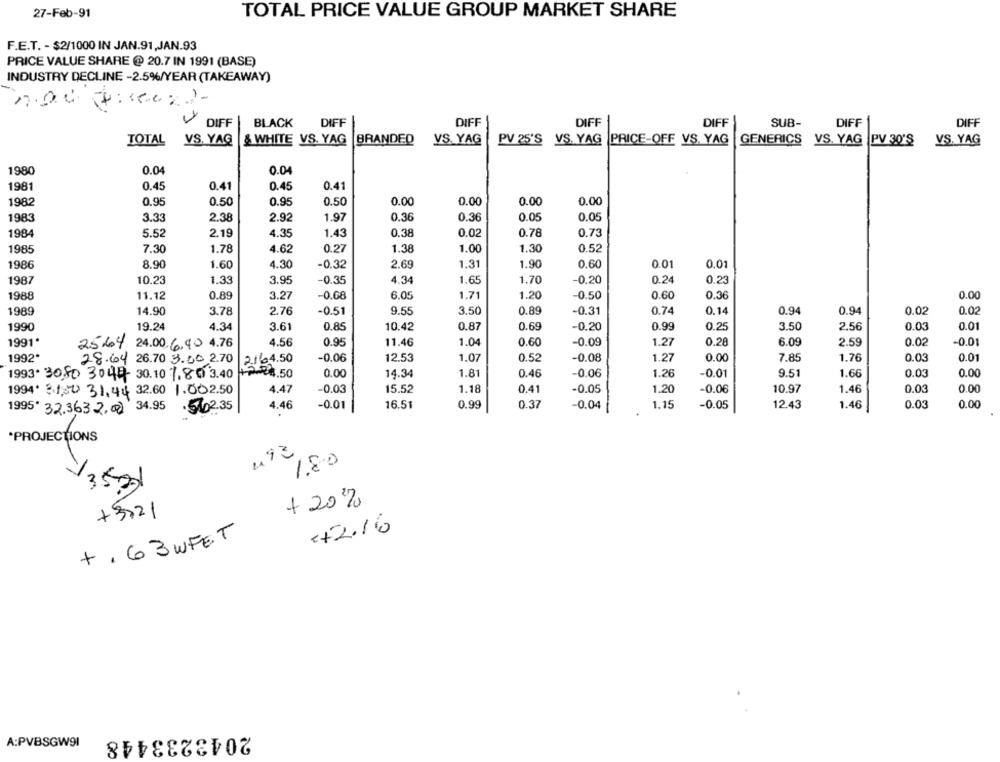
27-Feb-91
TOTAL PRICE VALUE GROUP MARKET SHARE
F.E.T. - $2/1000 IN JAN.91,JAN.93
PRICE VALUE SHARE @ 20.7 IN 1991 (BASE)
INDUSTRY DECLINE -2.5%/YEAR (TAKEAWAY)
7:15.022-
DIFF
DIFF
DIFF
DIFF
SUB-
DIFF
DIFF
BLACK
DIFF
TOTAL
VS. YAG
& WHITE VS. YAG
BRANDED
VS. YAG
PV 25'S VS. YAG PRICE-OFF VS. YAG
GENERICS VS. YAG
PV 30'S
VS. YAG
1980
0.04
0.04
1981
0.45
0.41
0.45
0.41
1982
0.95
0.50
0.95
0.50
0.00
0.00
0.00
0.00
1983
3.33
2.38
2.92
1.97
0.36
0.36
0.05
0.05
1984
5.52
2.19
4.35
1.43
0.38
0.02
0.78
0.73
1985
7.30
1.78
4.62
0.27
1.38
1.00
1.30
0.52
1986
8.90
1.60
4.30
-0.32
2.69
1.31
1.90
0.60
0.01
0.01
1987
10.23
1.33
3.95
-0.35
4.34
1.65
1.70
-0.20
0.24
0.23
1988
11.12
0.89
3.27
-0.68
6.05
1.71
1.20
-0.50
0.60
0.36
0.00
1989
14.90
3.78
2.76
-0.51
9.55
3.50
0.89
-0.31
0.74
0.14
0.94
0.94
0.02
0.02
1990
19.24
4.34
3.61
0.85
10.42
0.87
0.69
-0.20
0.99
0.25
3.50
2.56
0.03
0.01
1991*
4.56
0.95
11.46
1.04
0.60
-0.09
1.27
0.28
6.09
2.59
0.02
-0.01
25.64 24.00.6,90 4.76
1992*
-0.06
12.53
1.07
0.52
-0.08
1.27
0.00
7.85
1.76
0.03
0.01
28.64 26.70 3.00 2.70
2164.50
0.00
14.34
1.81
0.46
-0.06
1.26
-0.01
9.51
1.66
0.03
0.00
1993+ 3080 3044 30.10 1.80 3.40
4.50
4.47
-0.03
15.52
1.18
0.41
-0.05
1.20
-0.06
10.97
1.46
0.03
0.00
1994' 31,50 31,44 32.60 1.02.50
4.46
16.51
0.99
0.37
1.15
-0.05
12.43
1.46
0.03
0.00
1995* 32.3632,00 34.95
.5402.35
-0.01
-0.04
*PROJECTIONS
1.80
/352)
+ 20%
+3721
€+2.16
+ , 63 WFET
2043233448
A:PVBSGW91